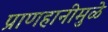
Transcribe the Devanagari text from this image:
प्राणहानीमुळे